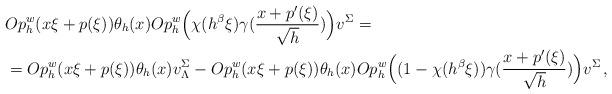
LaTeX: \begin{align*}& Op_h^w(x\xi +p(\xi))\theta_h(x) Op_h^w\Big(\chi(h^{\beta}\xi)\gamma(\frac{x+p'(\xi)}{\sqrt{h}})\Big)v^{\Sigma} = \\& = Op_h^w(x\xi +p(\xi))\theta_h(x) v_{\Lambda}^{\Sigma} - Op_h^w(x\xi +p(\xi))\theta_h(x) Op_h^w\Big((1-\chi(h^{\beta}\xi))\gamma(\frac{x+p'(\xi)}{\sqrt{h}})\Big)v^{\Sigma}\,,\end{align*}